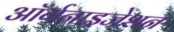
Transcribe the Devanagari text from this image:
आॅर्गनाइजेशन